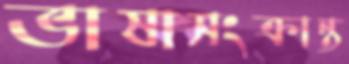
ভাষাসংক্রান্ত